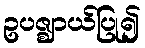
ဥပဇ္ဈာယ်ပြု၍